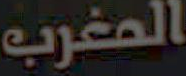
المغرب